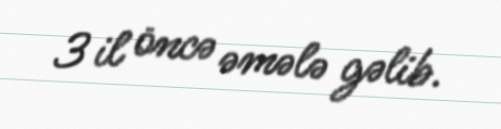
3 il öncə əmələ gəlib.